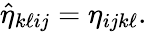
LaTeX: \begin{array}{r}{\hat{\eta}_{k\ell ij}=\eta_{ijk\ell}.}\end{array}